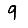
Digit: 9